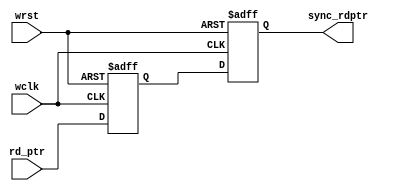
module rdptr_sync #(parameter addr_size=4)(input wclk,wrst,input[addr_size:0]rd_ptr,output reg[addr_size:0]sync_rdptr);

reg [addr_size:0]temp;
always@(posedge wclk or negedge wrst)//write pointer work on read clock
begin
if(!wrst)begin sync_rdptr<=0;
						temp<=0; end
else begin
			temp<=rd_ptr;
			sync_rdptr<=temp;
		end
end
endmodule